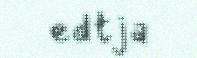
edtja